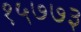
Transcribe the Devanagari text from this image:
१५७७३